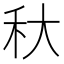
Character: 𥝛